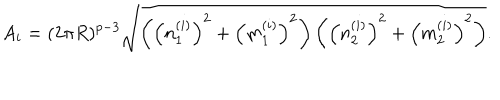
A _ { i } = ( 2 \pi R ) ^ { p - 3 } \sqrt { \left( \left( n _ { 1 } ^ { ( i ) } \right) ^ { 2 } + \left( m _ { 1 } ^ { ( i ) } \right) ^ { 2 } \right) \left( \left( n _ { 2 } ^ { ( i ) } \right) ^ { 2 } + \left( m _ { 2 } ^ { ( i ) } \right) ^ { 2 } \right) } .